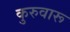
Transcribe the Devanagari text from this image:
कुरुवारू